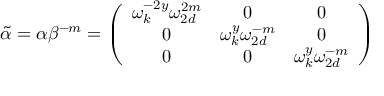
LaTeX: \tilde { \alpha } = \alpha \beta ^ { - m } = \left( \begin{array} { c c c } { { \omega _ { k } ^ { - 2 y } \omega _ { 2 d } ^ { 2 m } } } & { { 0 } } & { { 0 } } \\ { { 0 } } & { { \omega _ { k } ^ { y } \omega _ { 2 d } ^ { - m } } } & { { 0 } } \\ { { 0 } } & { { 0 } } & { { \omega _ { k } ^ { y } \omega _ { 2 d } ^ { - m } } } \end{array} \right)